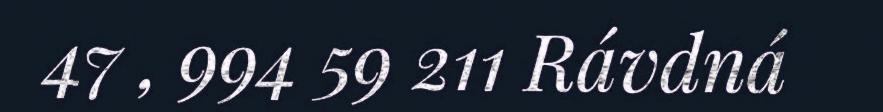
47 , 994 59 211 Rávdná